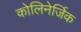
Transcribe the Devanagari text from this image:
कोलिनेर्जिक